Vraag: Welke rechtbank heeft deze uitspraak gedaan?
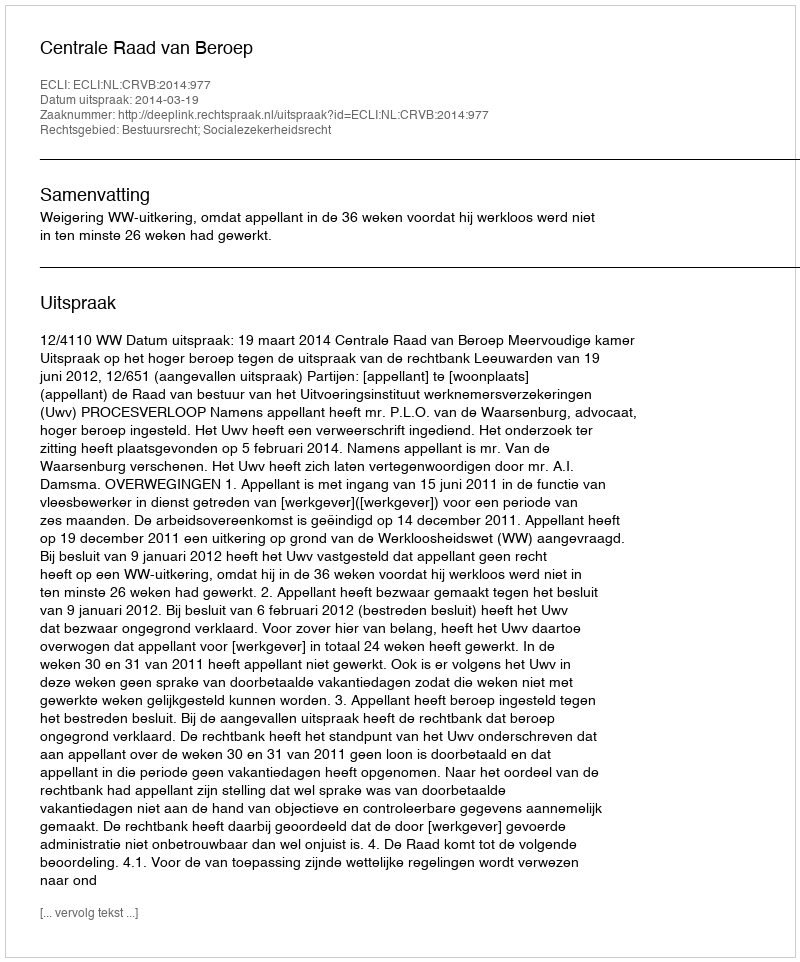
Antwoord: Centrale Raad van Beroep